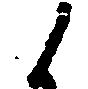
候